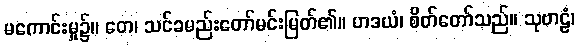
မကောင်းမှု၌။ တေ၊ သင်ခမည်းတော်မင်းမြတ်၏။ ဟဒယံ၊ စိတ်တော်သည်။ သုဗာဠံ၊